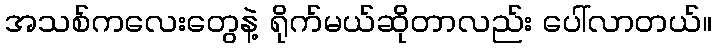
အသစ်ကလေးတွေနဲ့ ရိုက်မယ်ဆိုတာလည်း ပေါ်လာတယ်။